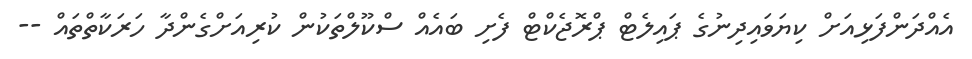
އެއްދަންފަޅިއަށް ކިޔަވައިދިނުގެ ޕައިލެޓް ޕްރޮޖެކްޓް ފެށި ބައެއް ސްކޫލްތަކުން ކުރިއަށްގެންދާ ހަރަކާތްތައް --